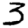
Digit: 3